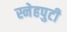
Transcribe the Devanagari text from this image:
स्नेहपुटी